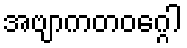
အဗျာကတဝဂ္ဂေါ